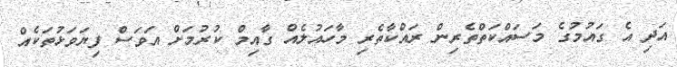
އަދި އެ ގައުމުގެ މަސައްކަތްތެރިން ރައްކާތެރި މާހައުލެއް ގާއިމް ކުރުމަށް އަވަސް ފިޔަވަޅުތަކެއް